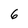
Character: 6